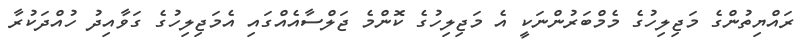
ރައްޔިތުންގެ މަޖިލިހުގެ މެމްބަރުންނަކީ އެ މަޖިލިހުގެ ކޮންމެ ޖަލްސާއެއްގައި އެމަޖިލިހުގެ ގަވާއިދު ހުއްދަކުރާ